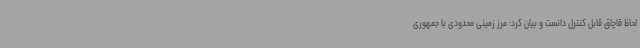
لحاظ قاچاق قابل کنترل دانست و بیان کرد: مرز زمینی محدودی با جمهوری